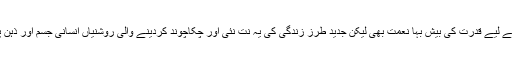
قدرتی روشنی رحمت ہے اور انسان کے لیے قدرت کی بیش بہا نعمت بھی لیکن جدید طرزِ زندگی کی یہ نت نئی اور چکاچوند کردینے والی روشنیاں انسانی جسم اور ذہن پر شدید منفی اثرات مرتب کررہی ہیں۔